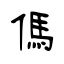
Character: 傌